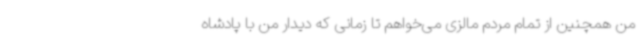
من همچنین از تمام مردم مالزی می‌خواهم تا زمانی که دیدار من با پادشاه